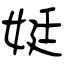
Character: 娗